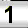
Digit: 1